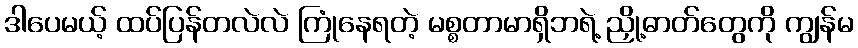
ဒါပေမယ့် ထပ်ပြန်တလဲလဲ ကြုံနေရတဲ့ မစ္စတာမာရှိဘရဲ့ ညှို့ဓာတ်တွေကို ကျွန်မ